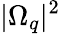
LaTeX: |\Omega_{q}|^{2}